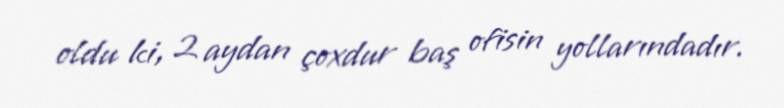
oldu ki, 2 aydan çoxdur baş ofisin yollarındadır.